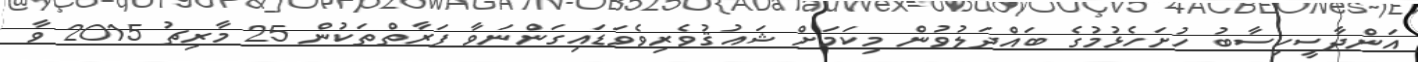
އަންދާސީހިސާބު ހުށަހެޅުމުގެ ބައްދަލުވުން މިކަމަށް ޝައުޤުވެރިވެވަޑައިގަންނަވާ ފަރާތްތަކުން 25 މާރިޗު 2015 ވާ